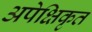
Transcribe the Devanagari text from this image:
अपेक्षिकृत